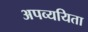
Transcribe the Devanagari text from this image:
अपव्ययिता